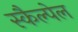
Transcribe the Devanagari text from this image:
स्कैल्पेल